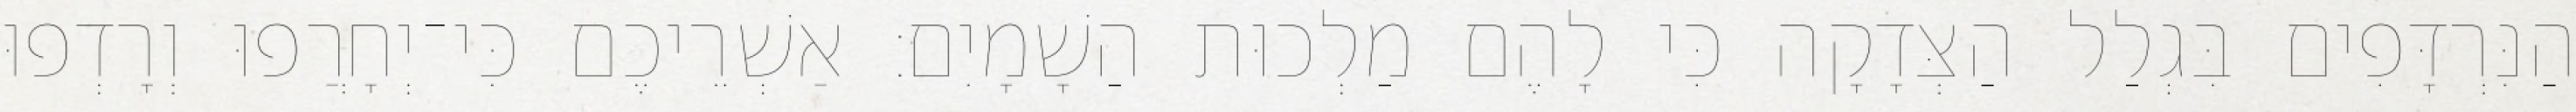
הַנִּרְדָּפִים בִּגְלַל הַצְּדָקָה כִּי לָהֶם מַלְכוּת הַשָׁמָיִם׃ אַשְׁרֵיכֶם כִּי־יְחָרֲפוּ וְרָדְפוּ